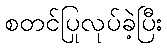
စတင်ပြုလုပ်ခဲ့ပြီး